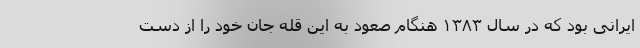
ایرانی بود که در سال ۱۳۸۳ هنگام صعود به این قله جان خود را از دست